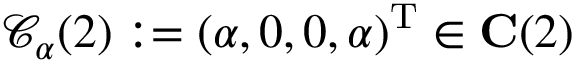
\mathcal { C } _ { \alpha } ( 2 ) : = \left( \alpha , 0 , 0 , \alpha \right) ^ { \mathrm { T } } \in \mathbf { C } ( 2 )